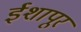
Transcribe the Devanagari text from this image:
ईशापूर